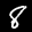
Label: 8